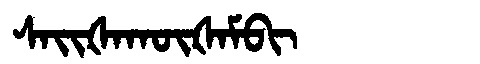
Manchu: ᠰᠠᡳᡧᠠᡴᡡᡧᠠᠮᠪᡳ
Romanization: SAIŠAKŪŠAMBI